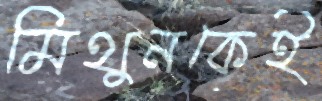
মিথুনকেই